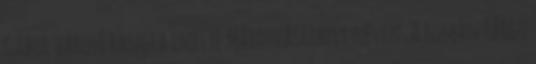
Gábor városi rangra emelte Marosvásárhely néven. A román Târgu